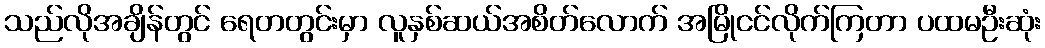
သည်လိုအချိန်တွင် ရေတတွင်းမှာ လူနှစ်ဆယ်အစိတ်လောက် အမြိုငင်လိုက်ကြတာ ပထမဦးဆုံး